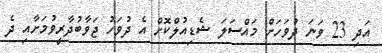
އަދި 23 ވަނަ ދުވަހަށް މައްސަލަ ޝެޑިއުލްކޮށް އެ ދުވަހު ޖަވާބުދާރީވުމަށާއި ދެ